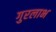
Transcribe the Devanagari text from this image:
गुरलाभ